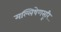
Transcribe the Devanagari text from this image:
मल्लिषेणसूरि